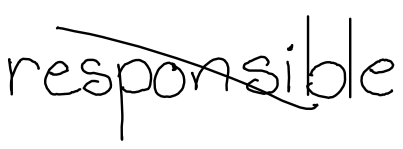
Text: responsible
Cross-out: diagonal
Writing tool: digital_black